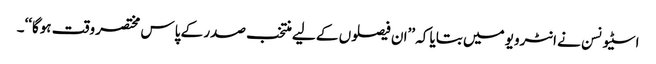
اسٹیونسن نے انٹرویو میں بتایا کہ ’’ان فیصلوں کے لیے منتخب صدر کے پاس مختصر وقت ہوگا‘‘۔